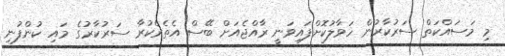
މި މަސައްކަތް ސަރުކާރުން ހަވާލުކޮށްފައިވަނީ ރާއްޖެއަށް ބޭސް އެތެރެކުރާ ސަރުކާރުގެ މައި ކުންފުނި